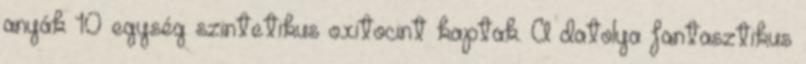
anyák 10 egység szintetikus oxitocint kaptak. A datolya fantasztikus